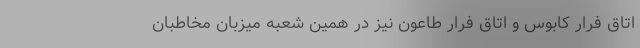
اتاق فرار کابوس و اتاق فرار طاعون نیز در همین شعبه میزبان مخاطبان